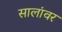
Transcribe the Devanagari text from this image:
सालांवर